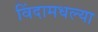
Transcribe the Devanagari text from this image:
विंदामधल्या